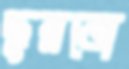
ছুব্‌লনো